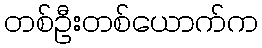
တစ်ဦးတစ်ယောက်က